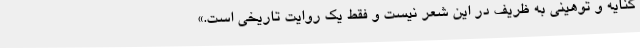
کنایه و توهینی به ظریف در این شعر نیست و فقط یک روایت تاریخی است.»